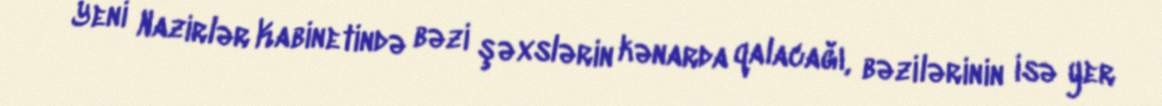
Yeni Nazirlər Kabinetində bəzi şəxslərin kənarda qalacağı, bəzilərinin isə yer